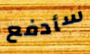
سأدفع